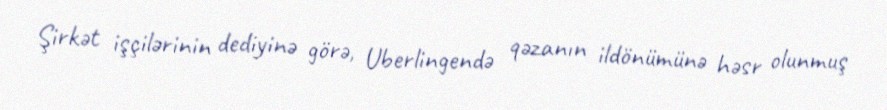
Şirkət işçilərinin dediyinə görə, Uberlingendə qəzanın ildönümünə həsr olunmuş